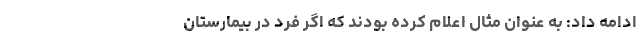
ادامه داد: به عنوان مثال اعلام کرده بودند که اگر فرد در بیمارستان